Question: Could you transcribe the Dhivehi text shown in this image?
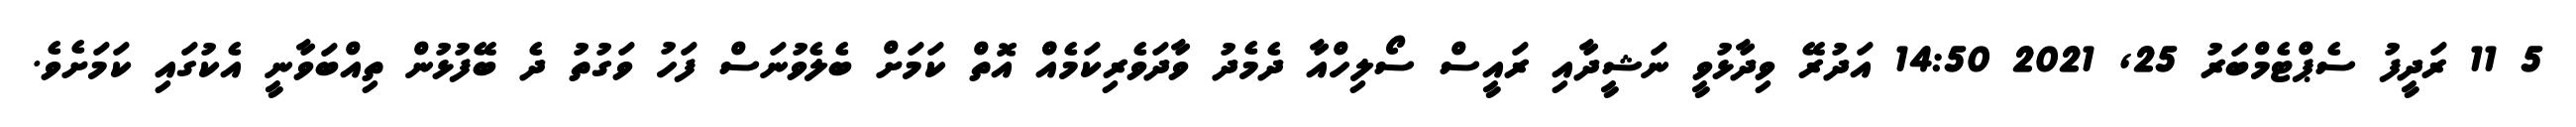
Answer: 5 11 ރަދީފު ސެޕްޓެމްބަރު 25, 2021 14:50 އަދުރޭ ވިދާޅުވީ ނަޝީދާއި ރައީސް ސޯލިހްއާ ދެމެދު ވާދަވެރިކަމެއްް އޮތް ކަމަށް ބެލެވުނަސް ފަހު ވަގުތު ދެ ބޭފުޅުން ތިއްބަވާނީ އެކުގައި ކަމަށެވެ.